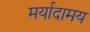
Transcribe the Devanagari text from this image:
मर्यादामय